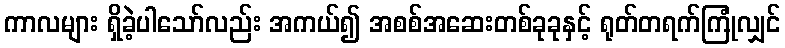
ကာလများ ရှိခဲ့ပါသော်လည်း အကယ်၍ အစစ်အဆေးတစ်ခုခုနှင့် ရုတ်တရက်ကြုံလျှင်